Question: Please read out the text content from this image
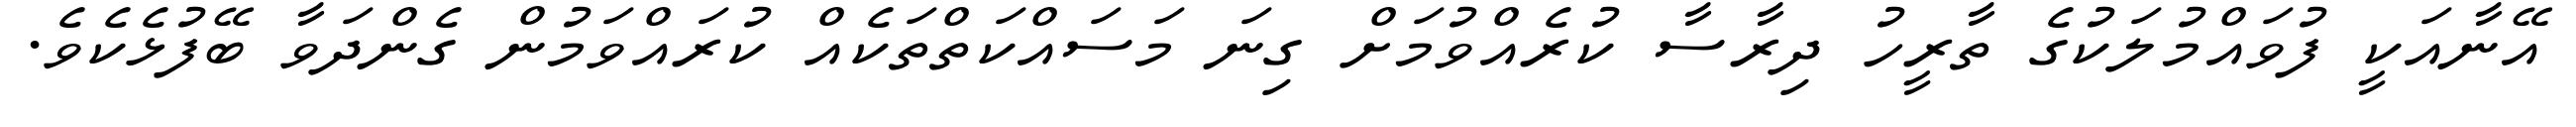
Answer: އޭނާއަކީ ފުވައްމުލަކުގެ ތާރީހު ދިރާސާ ކުރެއްވުމަށް ގިނަ މަސައްކަތްތަކެއް ކުރައްވަމުން ގެންދަވާ ބޭފުޅެކެވެ.